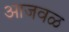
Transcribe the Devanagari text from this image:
आजवळ